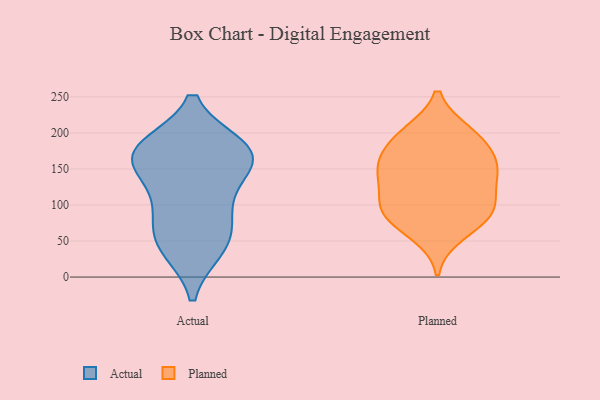
{"axis": {"x": "LTV (USD)", "y": "Value"}, "legend": ["Actual", "Planned"], "data": [{"x": "", "y": 155, "type": "Actual"}, {"x": "", "y": 173, "type": "Actual"}, {"x": "", "y": 179, "type": "Actual"}, {"x": "", "y": 46, "type": "Actual"}, {"x": "", "y": 177, "type": "Actual"}, {"x": "", "y": 167, "type": "Actual"}, {"x": "", "y": 103, "type": "Actual"}, {"x": "", "y": 56, "type": "Actual"}, {"x": "", "y": 97, "type": "Actual"}, {"x": "", "y": 41, "type": "Actual"}, {"x": "", "y": 163, "type": "Actual"}, {"x": "", "y": 96, "type": "Planned"}, {"x": "", "y": 60, "type": "Planned"}, {"x": "", "y": 85, "type": "Planned"}, {"x": "", "y": 99, "type": "Planned"}, {"x": "", "y": 150, "type": "Planned"}, {"x": "", "y": 169, "type": "Planned"}, {"x": "", "y": 145, "type": "Planned"}, {"x": "", "y": 144, "type": "Planned"}, {"x": "", "y": 189, "type": "Planned"}, {"x": "", "y": 106, "type": "Planned"}, {"x": "", "y": 147, "type": "Planned"}, {"x": "", "y": 82, "type": "Planned"}, {"x": "", "y": 198, "type": "Planned"}, {"x": "", "y": 200, "type": "Planned"}]}